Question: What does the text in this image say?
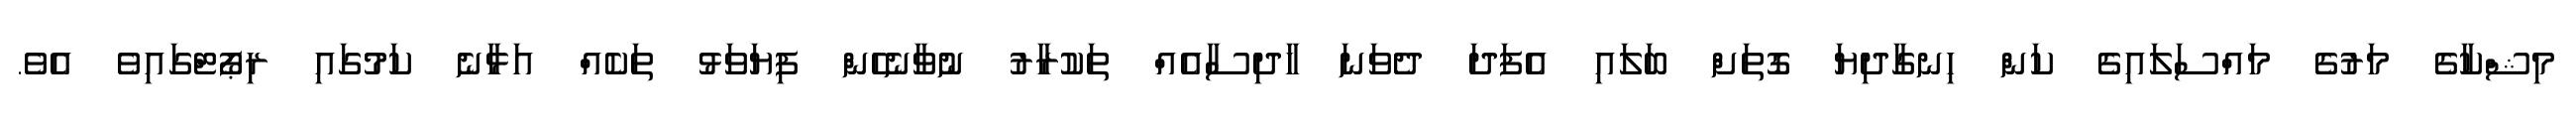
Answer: މިޝްކާގެ މަރުގެ މައްސަލައިގެ ކަން ހިނގާދިޔަ ގޮތަށް ބަލައި އެފަދަ ދެވަނަ ހާދިސާއެއް ތަކުރާރު ނުވާނެހެން ފިޔަވަޅު ތަކެއް އަޅާނެ ކަމުގައި ރިޕޯޓްގައިވެ އެވެ.